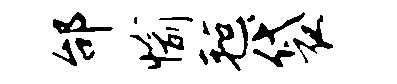
邰愉毡袋